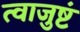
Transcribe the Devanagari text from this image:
त्वाजुष्टं